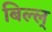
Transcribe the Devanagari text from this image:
बिल्ल्